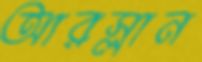
আরস্লান